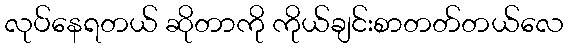
လုပ်နေရတယ် ဆိုတာကို ကိုယ်ချင်းစာတတ်တယ်လေ